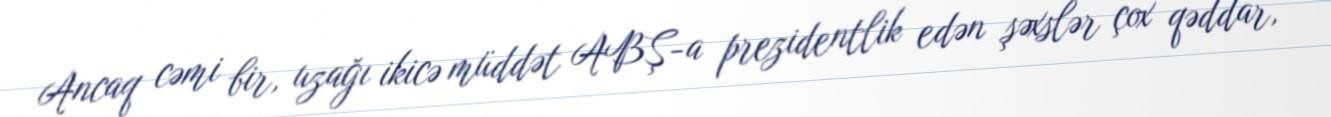
Ancaq cəmi bir, uzağı ikicə müddət ABŞ-a prezidentlik edən şəxslər çox qəddar,